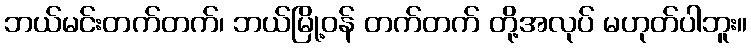
ဘယ်မင်းတက်တက်၊ ဘယ်မြို့ဝန် တက်တက် တို့အလုပ် မဟုတ်ပါဘူး။